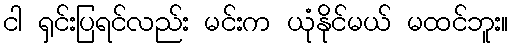
ငါ ရှင်းပြရင်လည်း မင်းက ယုံနိုင်မယ် မထင်ဘူး။